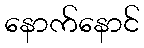
နောက်နောင်